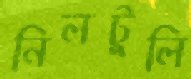
নিলটুলি